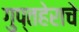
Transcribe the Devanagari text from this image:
गुप्तहेराचे